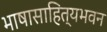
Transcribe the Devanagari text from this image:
भाषासाहित्यभवन